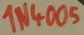
Text: 1N4005